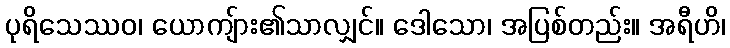
ပုရိသေဿဝ၊ ယောကျ်ား၏သာလျှင်။ ဒေါသော၊ အပြစ်တည်း။ အရီဟိ၊